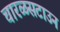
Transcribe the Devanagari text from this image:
चारळसटाउन